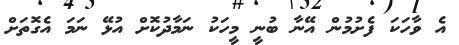
އެ ވާހަކަ ފެށުމުން އޭނާ ބުނީ މީހަކު ނަމާދުކޮށް އުޅޭ ނަމަ އެގޮތަށް